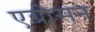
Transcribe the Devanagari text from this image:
एग्रोसन